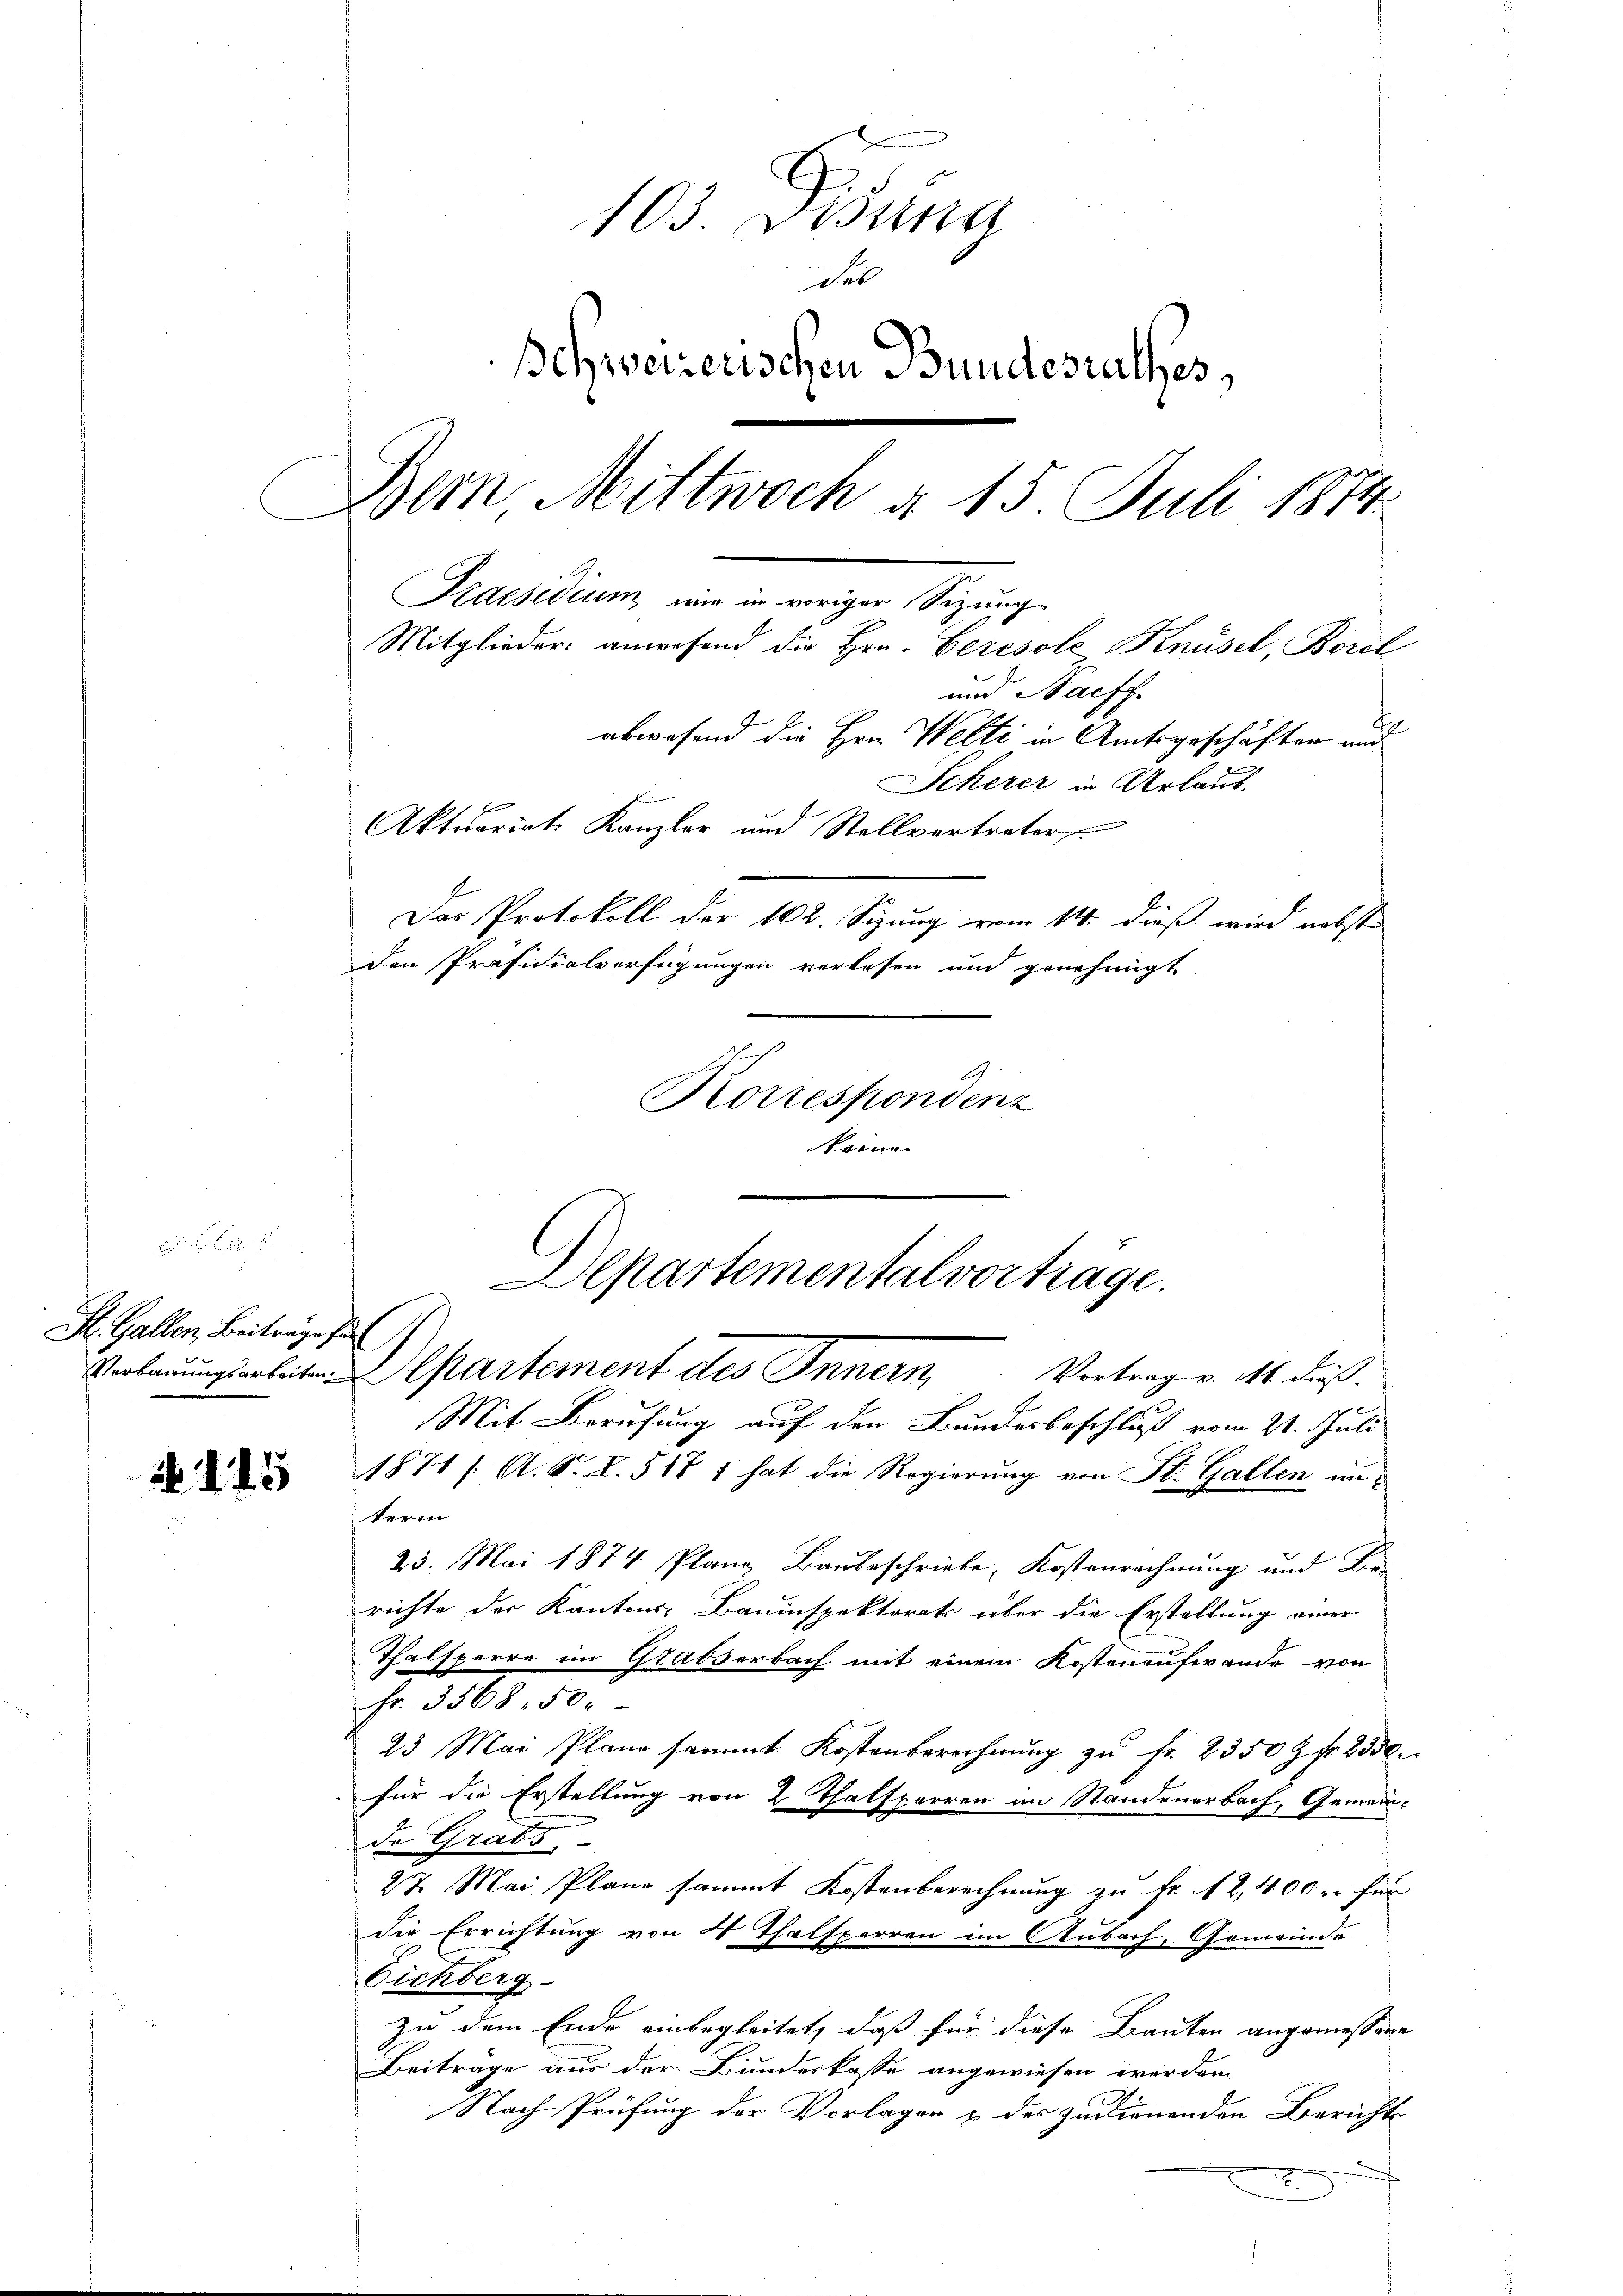
St. Gallen, Beiträge für

45

103. Desung
u

Behweizerischen Bundesrathes,
Bern, Mittwoch a 15. Juli 1874
Praesidium wie in voriger Sizung
Mitglieder anwesend die Hrn. Ceresole Knüsel, Borel
und Nachf
abwesend die Hrn. Welti in Amtsgeschäften und
Scherer in Urlaub.
Aktuariat Kanzler und Stellvertreter
Das Protokoll der 162. Sizung vom 14. dieß wird nebste
den Präsidialverfügungen verlesen und genehmigt.
Korrespondenz

keine
Mit Berufung auf den Bundesbeschluß vom 21. Juli
1871 / A. S. I. 518 1 hat die Regierung von St. Gallen interm
23. Mai 1874 Planz, Baubeschriebe, Kostenrechnung und Be-
richte der Kantons Bauinspektorats über die Erstellung einer
Thalsperre im Grabserbach mit einem Kostenaufwande von
Fr. 3568. 50.
23 Mai Plane sammt Kostenberechnŭng zŭ fr. 2350 Z. fr. 2330
für die Erstellung von 2 Thatsperren im Standenerbach, Gemeinde Grabs
27. Mai Plane sammt Kostenberechnŭng zŭ Fr. 12,400 u. für
die Errichtung von 4 Thalsperren im Aubach, Gemeinde
Eichberg-
zu dem Ende einbegleitet, daß für diese Bauten angemessene
Beitrage aus der Bundeskasse angewiesen werden.
Nach Prüfung der Vorlagen & des zudienenden Bericht

Departemental vorträge.
Verbauungsarbeiten partement des Innern Vortrag v. Ms. dieß¬